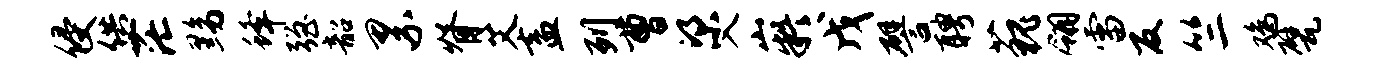
侵供茫黝蜂强韶累脊艾盍列曹梁入嶷戊譬聘藐翎雷反竺鸡甓